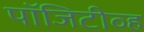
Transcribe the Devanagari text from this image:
पॉजिटीव्ह